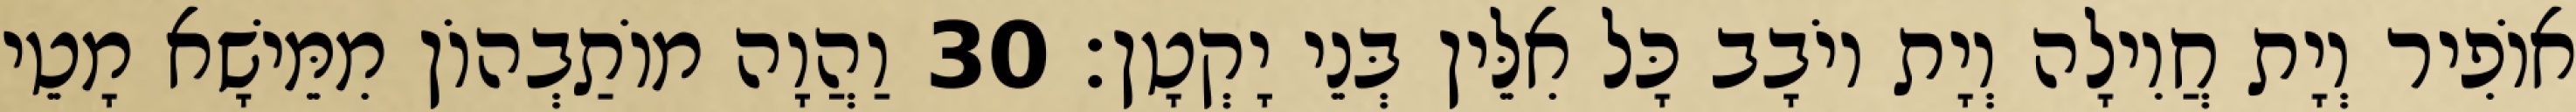
אוֹפִיר וְיָת חֲוִילָה וְיָת יוֹבָב כָּל אִלֵּין בְּנֵי יָקְטָן׃ 30 וַהֲוָה מוֹתַבְהוֹן מִמֵּישָׁא מָטֵי